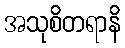
အသုစိတရာနိ